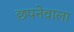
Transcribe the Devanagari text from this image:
छपनेवाला